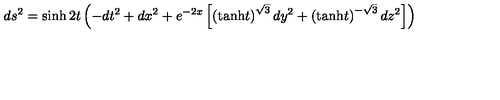
d s ^ { 2 } = \sinh 2 t \left( - d t ^ { 2 } + d x ^ { 2 } + e ^ { - 2 x } \left[ \left( \mathrm { t a n h } t \right) ^ { \sqrt { 3 } } d y ^ { 2 } + \left( \mathrm { t a n h } t \right) ^ { - \sqrt { 3 } } d z ^ { 2 } \right] \right)